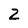
Character: 2